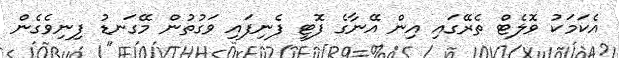
އެކަމަކު ވޮލެޓް ތެރޭގައި އިން އޭނާގެ ފޮޓީ ފެނިފައި ވަގުތުން މޭގަނޑު ފިނިވެގެން